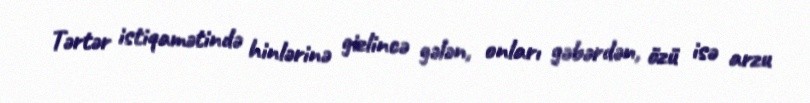
Tərtər istiqamətində hinlərinə gizlincə gələn, onları gəbərdən, özü isə arzu